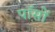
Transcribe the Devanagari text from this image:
पॉसों